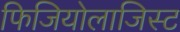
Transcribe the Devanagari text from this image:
फिजियोलाजिस्ट